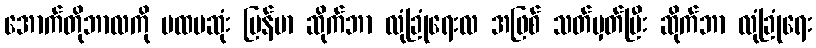
အောက်တိုဘာလကို ပထမဆုံး မြန်မာ ဆိုက်ဘာ လုံခြုံရေးလ အဖြစ် သတ်မှတ်ပြီး ဆိုက်ဘာ လုံခြုံရေး